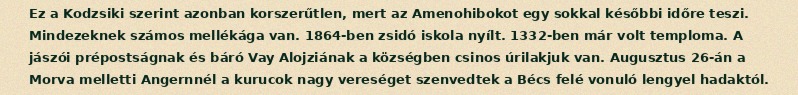
Ez a Kodzsiki szerint azonban korszerűtlen, mert az Amenohibokot egy sokkal későbbi időre teszi. Mindezeknek számos mellékága van. 1864-ben zsidó is­kola nyílt. 1332-ben már volt temploma. A jászói prépostságnak és báró Vay Alojziának a községben csinos úrilakjuk van. Augusztus 26-án a Morva melletti Angernnél a kurucok nagy vereséget szenvedtek a Bécs felé vonuló lengyel hadaktól.